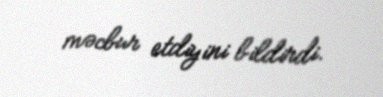
məcbur etdiyini bildirdi.